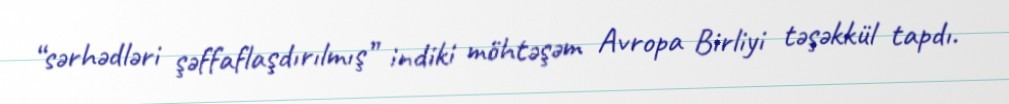
“sərhədləri şəffaflaşdırılmış” indiki möhtəşəm Avropa Birliyi təşəkkül tapdı.